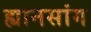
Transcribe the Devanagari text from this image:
ह्यानसांग